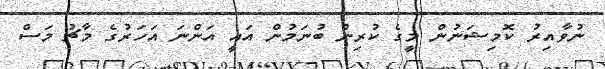
ނުވާއިރު ކޮމިޝަނުން މީގެ ކުރިން ބުނަމުން އައީ އަންނަ އަހަރުގެ މާޗު މަސް